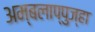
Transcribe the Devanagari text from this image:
अम्बलाप्पुज्हा